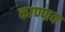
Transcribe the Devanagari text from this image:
काण्णव